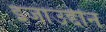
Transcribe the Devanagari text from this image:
इजाउद्दीन